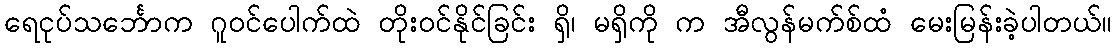
ရေငုပ်သင်္ဘောက ဂူဝင်ပေါက်ထဲ တိုးဝင်နိုင်ခြင်း ရှိ၊ မရှိကို က အီလွန်မက်စ်ထံ မေးမြန်းခဲ့ပါတယ်။